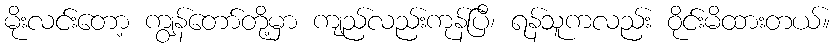
မိုးလင်းတော့ ကျွန်တော်တို့မှာ ကျည်လည်းကုန်ပြီ၊ ရန်သူကလည်း ဝိုင်းမိထားတယ်။